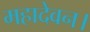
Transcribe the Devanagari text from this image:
महादेवन।